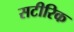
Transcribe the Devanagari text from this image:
सटीरिक